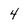
Character: 4